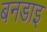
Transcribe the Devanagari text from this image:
बनडाइ